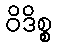
ဝိဒိစ္စ